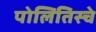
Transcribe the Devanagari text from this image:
पोलितिस्चे